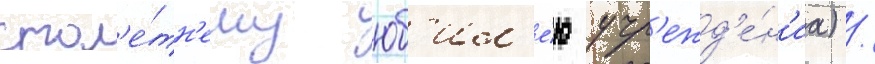
стол'е́тн'ему юб'ил'е́ю учр'ежд'е́н'иа) /